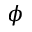
\phi